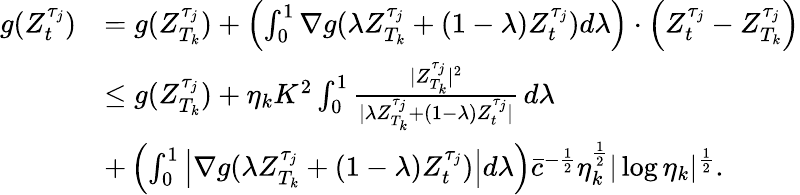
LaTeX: \begin{array}{rl}{g(Z_{t}^{\tau_{j}})}&{=g(Z_{T_{k}}^{\tau_{j}})+\left(\int_{0}^{1}\nabla g(\lambda Z_{T_{k}}^{\tau_{j}}+(1-\lambda)Z_{t}^{\tau_{j}})d\lambda\right)\cdot\left(Z_{t}^{\tau_{j}}-Z_{T_{k}}^{\tau_{j}}\right)}\\ &{\leq g(Z_{T_{k}}^{\tau_{j}})+\eta_{k}K^{2}\int_{0}^{1}\frac{|Z_{T_{k}}^{\tau_{j}}|^{2}}{|\lambda Z_{T_{k}}^{\tau_{j}}+(1-\lambda)Z_{t}^{\tau_{j}}|}\, d\lambda}\\ &{+\left(\int_{0}^{1}\left|\nabla g(\lambda Z_{T_{k}}^{\tau_{j}}+(1-\lambda)Z_{t}^{\tau_{j}})\right|d\lambda\right)\bar{c}^{-\frac{1}{2}}\eta_{k}^{\frac{1}{2}}|\log\eta_{k}|^{\frac{1}{2}}.}\end{array}